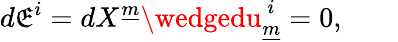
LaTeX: d\mathfrak{E}^{i}=dX^{\underline{{{{m}}}}}\wedgedu_{\underline{{{{m}}}}}^{~i}=0,\qquad